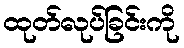
ထုတ်လုပ်ခြင်းကို